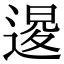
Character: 𨔫